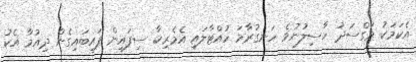
އެކަމަކު މަގްސަދު ހާސިލުނުވެ ހަނގުރާމަ ހުއްޓާލައި އެމެރިކާ ސިފައިން ފައިބައިގެން ދިއުމާ އެކު